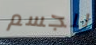
للجسم